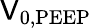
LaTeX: \mathsf{V}_{\mathrm{{0,PEEP}}}